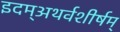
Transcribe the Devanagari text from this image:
इदम्‌अथर्वशीर्षम्‌